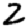
Digit: 2